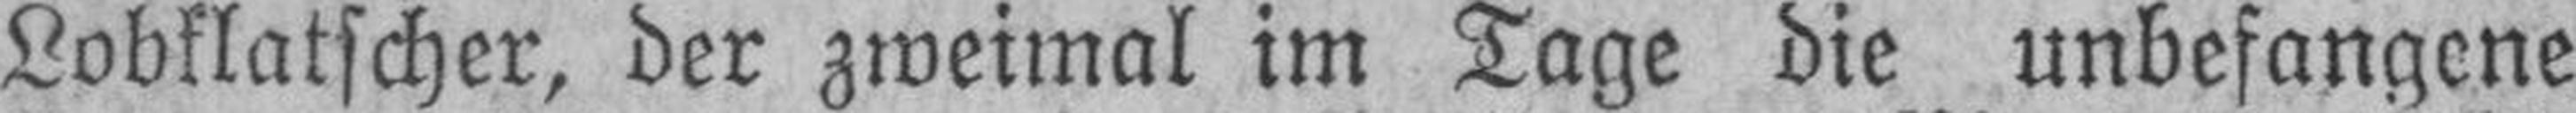
Lobklatscher, der zweimal im Tage die unbefangene